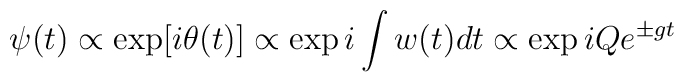
\psi(t) \propto \exp[i\theta(t)] \propto \exp i\int w(t) dt \propto \exp i Q e^{\pm gt}